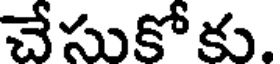
చేసుకోకు.